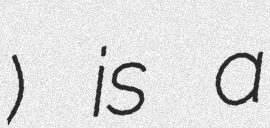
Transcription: مطبق) is a